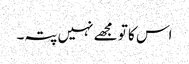
اس کا تو مجھے نہیں پتہ۔